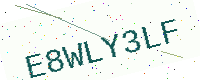
Text: E8WLY3LF